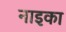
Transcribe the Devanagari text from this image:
नाइका